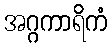
အဂ္ဂကာရိကံ